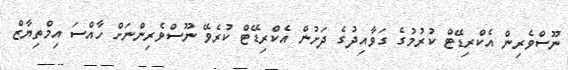
ނޫސްވެރިން އެކްރިޑޭޓް ކުރުމުގެ ގަވާއިދުގެ ދަށުން އެކްރިޑޭޓް ކުރެވޭ ނޫސްވެރިންނަށް ހާއްސަ އިމްތިޔާޒް